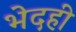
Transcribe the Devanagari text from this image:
भेदही